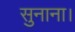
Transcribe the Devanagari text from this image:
सुनाना।